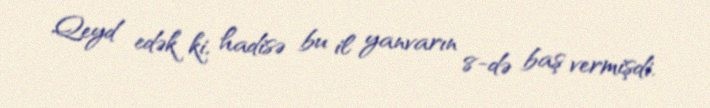
Qeyd edək ki, hadisə bu il yanvarın 8-də baş vermişdi.